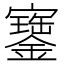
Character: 𡫿